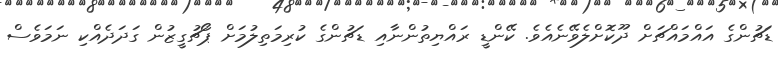
ޑަޗުންގެ އައްމައްޗަށް ދޫކޮށްލެވޭނެއެވެ. ކޭންޑީ ރައްޔިތުންނާއި ޑަޗުންގެ ކުރިމަތިލުމަށް ޕޯޗުގީޒުން ގަދަދެއްކި ނަމަވެސް